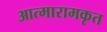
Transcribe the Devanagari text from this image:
आत्मारामकृत